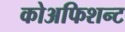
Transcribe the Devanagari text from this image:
कोअफिशन्ट